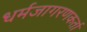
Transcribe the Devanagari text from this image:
धर्मजागरणकर्ता